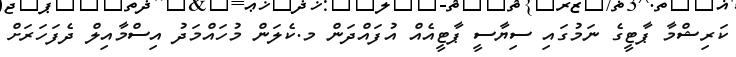
ކަރިޝްމާ ޕާޓީގެ ނަމުގައި ސިޔާސީ ޕާޓީއެއް އުފައްދަން މ.ކެލަން މުހައްމަދު އިސްމާއިލް ދެފަހަރަށް